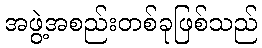
အဖွဲ့အစည်းတစ်ခုဖြစ်သည်